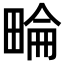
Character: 𤲕